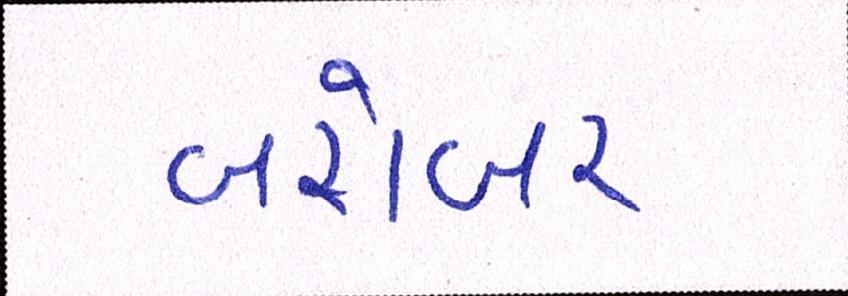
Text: બરોબર